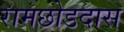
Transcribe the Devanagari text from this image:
रामछोडदास